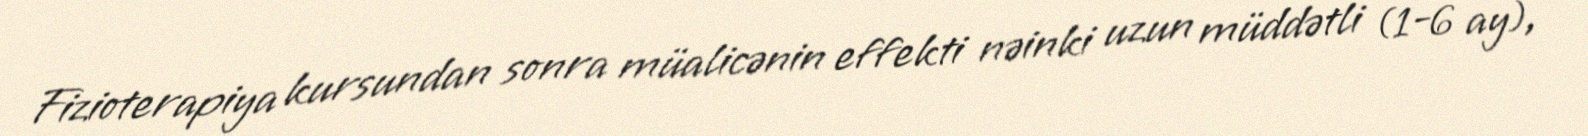
Fizioterapiya kursundan sonra müalicənin effekti nəinki uzun müddətli (1-6 ay),